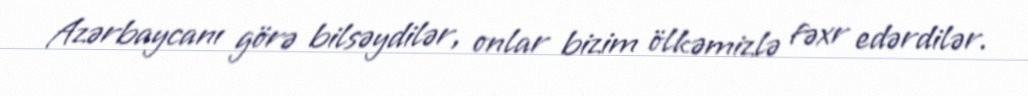
Azərbaycanı görə bilsəydilər, onlar bizim ölkəmizlə fəxr edərdilər.